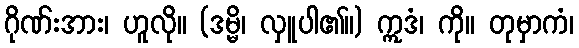
ဂိုဏ်းအား၊ ဟူလို။ (ဒမ္မိ၊ လှူပါ၏။) ဣဒံ၊ ကို။ တုမှာကံ၊